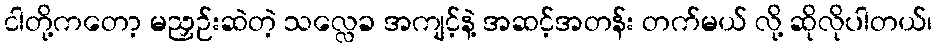
ငါတို့ကတော့ မညှဉ်းဆဲတဲ့ သလ္လေခ အကျင့်နဲ့ အဆင့်အတန်း တက်မယ် လို့ ဆိုလိုပါတယ်၊